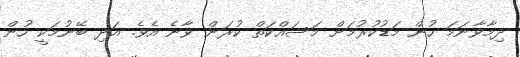
ދިމާވާނަމަ ހުން މަޑުކުރުމަށް މަސައްކަތް ކުރަން ވާނެ އެވެ. އަދި ބޭނުމަކީ ހުން